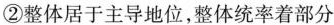
②整体居于主导地位，整体统率着部分